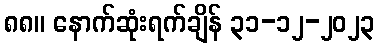
၈၈။ နောက်ဆုံးရက်ချိန် ၃၁-၁၂-၂၀၂၃